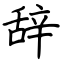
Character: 辞